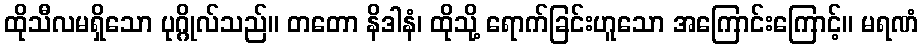
ထိုသီလမရှိသော ပုဂ္ဂိုလ်သည်။ တတော နိဒါနံ၊ ထိုသို့ ရောက်ခြင်းဟူသော အကြောင်းကြောင့်။ မရဏံ